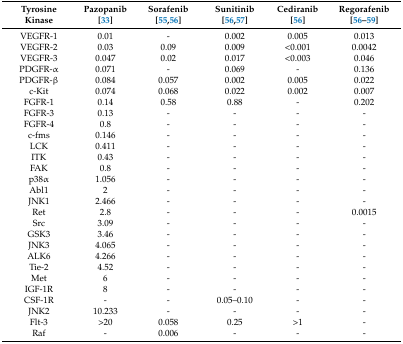
<table><thead><tr><td><b>Tyrosine Kinase</b></td><td><b>Pazopanib [33]</b></td><td><b>Sorafenib [55,56]</b></td><td><b>Sunitinib [56,57]</b></td><td><b>Cediranib [56]</b></td><td><b>Regorafenib [56,57,58,59]</b></td></tr></thead><tbody><tr><td>VEGFR-1</td><td>0.01</td><td>-</td><td>0.002</td><td>0.005</td><td>0.013</td></tr><tr><td>VEGFR-2</td><td>0.03</td><td>0.09</td><td>0.009</td><td>&lt;0.001</td><td>0.0042</td></tr><tr><td>VEGFR-3</td><td>0.047</td><td>0.02</td><td>0.017</td><td>&lt;0.003</td><td>0.046</td></tr><tr><td>PDGFR-α</td><td>0.071</td><td>-</td><td>0.069</td><td>-</td><td>0.136</td></tr><tr><td>PDGFR-β</td><td>0.084</td><td>0.057</td><td>0.002</td><td>0.005</td><td>0.022</td></tr><tr><td>c-Kit</td><td>0.074</td><td>0.068</td><td>0.022</td><td>0.002</td><td>0.007</td></tr><tr><td>FGFR-1</td><td>0.14</td><td>0.58</td><td>0.88</td><td>-</td><td>0.202</td></tr><tr><td>FGFR-3</td><td>0.13</td><td>-</td><td>-</td><td>-</td><td>-</td></tr><tr><td>FGFR-4</td><td>0.8</td><td>-</td><td>-</td><td>-</td><td>-</td></tr><tr><td>c-fms</td><td>0.146</td><td>-</td><td>-</td><td>-</td><td>-</td></tr><tr><td>LCK</td><td>0.411</td><td>-</td><td>-</td><td>-</td><td>-</td></tr><tr><td>ITK</td><td>0.43</td><td>-</td><td>-</td><td>-</td><td>-</td></tr><tr><td>FAK</td><td>0.8</td><td>-</td><td>-</td><td>-</td><td>-</td></tr><tr><td>p38α</td><td>1.056</td><td>-</td><td>-</td><td>-</td><td>-</td></tr><tr><td>Abl1</td><td>2</td><td>-</td><td>-</td><td>-</td><td>-</td></tr><tr><td>JNK1</td><td>2.466</td><td>-</td><td>-</td><td>-</td><td>-</td></tr><tr><td>Ret</td><td>2.8</td><td>-</td><td>-</td><td>-</td><td>0.0015</td></tr><tr><td>Src</td><td>3.09</td><td>-</td><td>-</td><td>-</td><td>-</td></tr><tr><td>GSK3</td><td>3.46</td><td>-</td><td>-</td><td>-</td><td>-</td></tr><tr><td>JNK3</td><td>4.065</td><td>-</td><td>-</td><td>-</td><td>-</td></tr><tr><td>ALK6</td><td>4.266</td><td>-</td><td>-</td><td>-</td><td>-</td></tr><tr><td>Tie-2</td><td>4.52</td><td>-</td><td>-</td><td>-</td><td>-</td></tr><tr><td>Met</td><td>6</td><td>-</td><td>-</td><td>-</td><td>-</td></tr><tr><td>IGF-1R</td><td>8</td><td>-</td><td>-</td><td>-</td><td>-</td></tr><tr><td>CSF-1R</td><td>-</td><td>-</td><td>0.05–0.10</td><td>-</td><td>-</td></tr><tr><td>JNK2</td><td>10.233</td><td>-</td><td>-</td><td>-</td><td>-</td></tr><tr><td>Flt-3</td><td>&gt;20</td><td>0.058</td><td>0.25</td><td>&gt;1</td><td>-</td></tr><tr><td>Raf</td><td>-</td><td>0.006</td><td>-</td><td>-</td><td>-</td></tr></tbody></table>